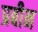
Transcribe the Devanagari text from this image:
प्रबीन